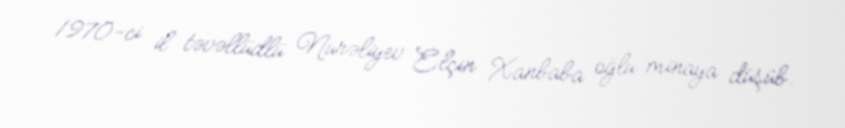
1970-ci il təvəllüdlü Nurəliyev Elçin Xanbaba oğlu minaya düşüb.